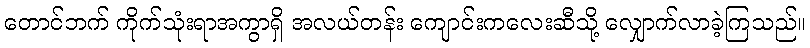
တောင်ဘက် ကိုက်သုံးရာအကွာရှိ အလယ်တန်း ကျောင်းကလေးဆီသို့ လျှောက်လာခဲ့ကြသည်။